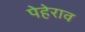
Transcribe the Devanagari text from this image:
पेहेराव